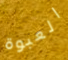
العبوة